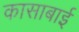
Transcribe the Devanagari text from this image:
कासाबाई